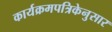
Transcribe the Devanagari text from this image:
कार्यक्रमपत्रिकेनुसार